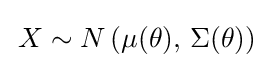
\,X\sim N\left(\mu (\theta ),\,\Sigma (\theta )\right)